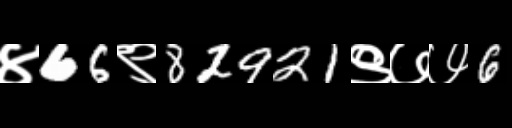
Text: ४66९82921९७७6